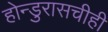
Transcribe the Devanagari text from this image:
होन्डुरासचीही